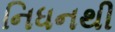
નિધનથી